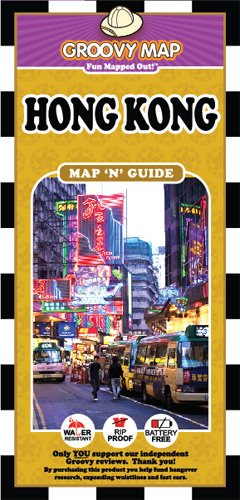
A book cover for Groovy Map 'n' Guide Hong Kong (2012); Aaron Frankel; Travel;